画像に写った文字を読んでください
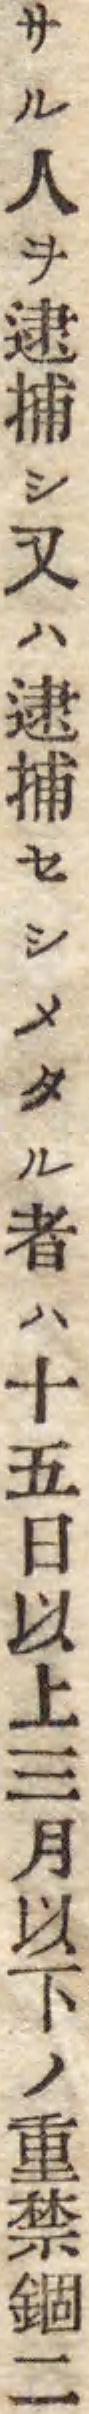
「サル人ヲ逮捕シ又ハ逮捕セシメタル者ハ十五日以上三月以下ノ重禁錮二」と書いてあります